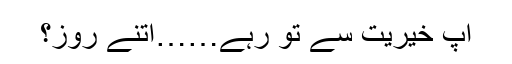
آپ خیریت سے تو رہے……اتنے روز؟